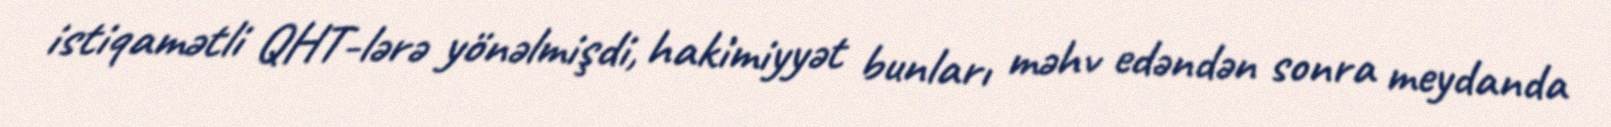
istiqamətli QHT-lərə yönəlmişdi, hakimiyyət bunları məhv edəndən sonra meydanda